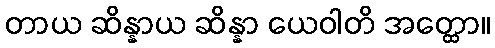
တာယ ဆိန္နာယ ဆိန္နာ ယေဝါတိ အတ္ထော။